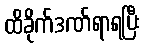
ထိခိုက်ဒဏ်ရာရပြီး